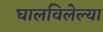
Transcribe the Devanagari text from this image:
घालविलेल्या